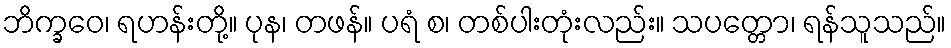
ဘိက္ခဝေ၊ ရဟန်းတို့။ ပုန၊ တဖန်။ ပရံ စ၊ တစ်ပါးတုံးလည်း။ သပတ္တော၊ ရန်သူသည်။